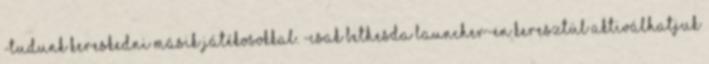
-Tudunk kereskedni másik játékosokkal. -Csak Bethesda Launcher-en keresztül aktiválhatjuk